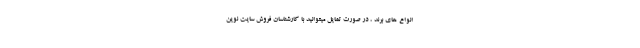
انواع های برند ، در صورت تمایل میتوانید با کارشناسان فروش سایت نوین